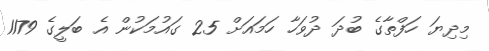
މިދިޔަ ހަފްތާގެ ބުދަ ދުވަހާ ހަމައަށް 25 ގައުމަކުން އެެ ބަލީގެ 1179